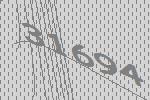
31694